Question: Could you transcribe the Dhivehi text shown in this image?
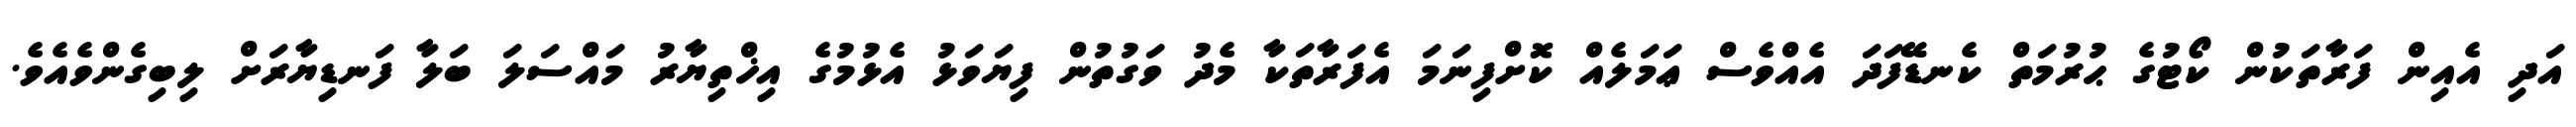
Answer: އަދި އެއިން ފަރާތަކުން ކޯޓުގެ ޙުރުމަތް ކެނޑޭފަދަ އެއްވެސް ޢަމަލެއް ކޮށްފިނަމަ އެފަރާތަކާ މެދު ވަގުތުން ފިޔަވަޅު އެޅުމުގެ އިޚްތިޔާރު މައްސަލަ ބަލާ ފަނޑިޔާރަށް ލިބިގެންވެއެވެ.